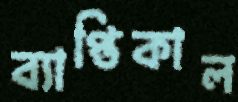
ব্যাপ্তিকাল